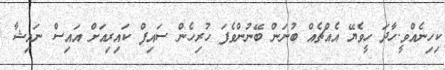
ކިހިނެއްވީ.ހާދަ ހީވެޔޭ އެއްޗެއް ބުނަން ބޭނުންވެފަ ހުރިހެން ސައިފް ކައިރިއަށް އައިސް ނައިޝާ